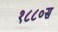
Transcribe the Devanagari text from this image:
१८८०स